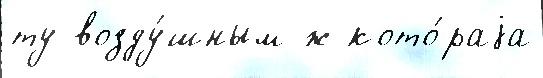
ту возду́шным ж кото́раjа